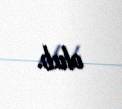
olub.